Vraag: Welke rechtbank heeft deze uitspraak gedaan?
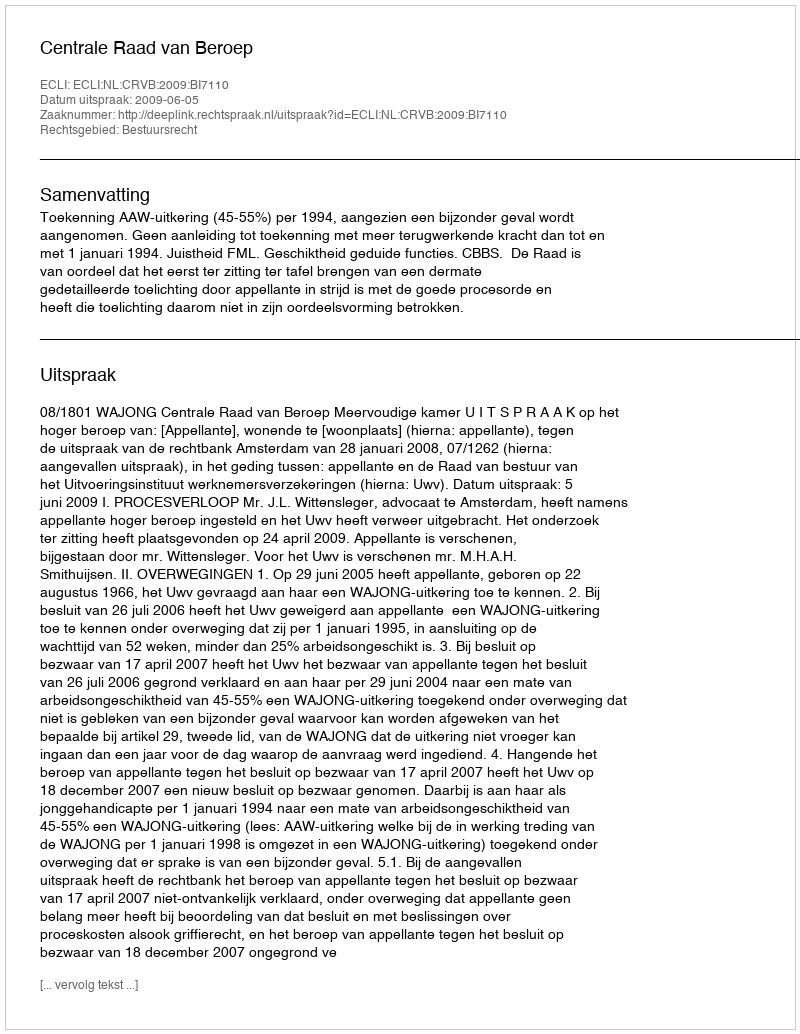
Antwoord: Centrale Raad van Beroep